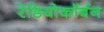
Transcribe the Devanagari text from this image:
रेडियोकॉर्बन